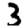
Digit: 3